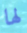
لها